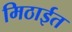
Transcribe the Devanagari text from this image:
मिठाईत